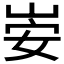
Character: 𫵻